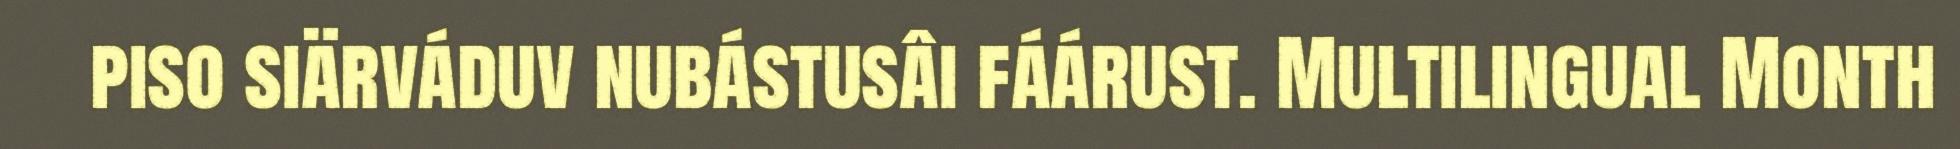
piso siärváduv nubástusâi fáárust. Multilingual Month